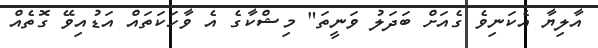
އާލިޔާ އެކަނިވެ ގެއަށް ބަދަލު ވަނީތަ" މިޝްކާގެ އެ ވާހަކަތައް އަޑުއިވޭ ގޮތެއް